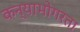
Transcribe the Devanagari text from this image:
कन्याभोगरता